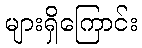
များရှိကြောင်း